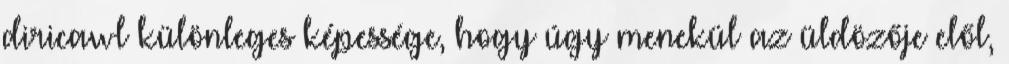
diricawl különleges képessége, hogy úgy menekül az üldözője elől,